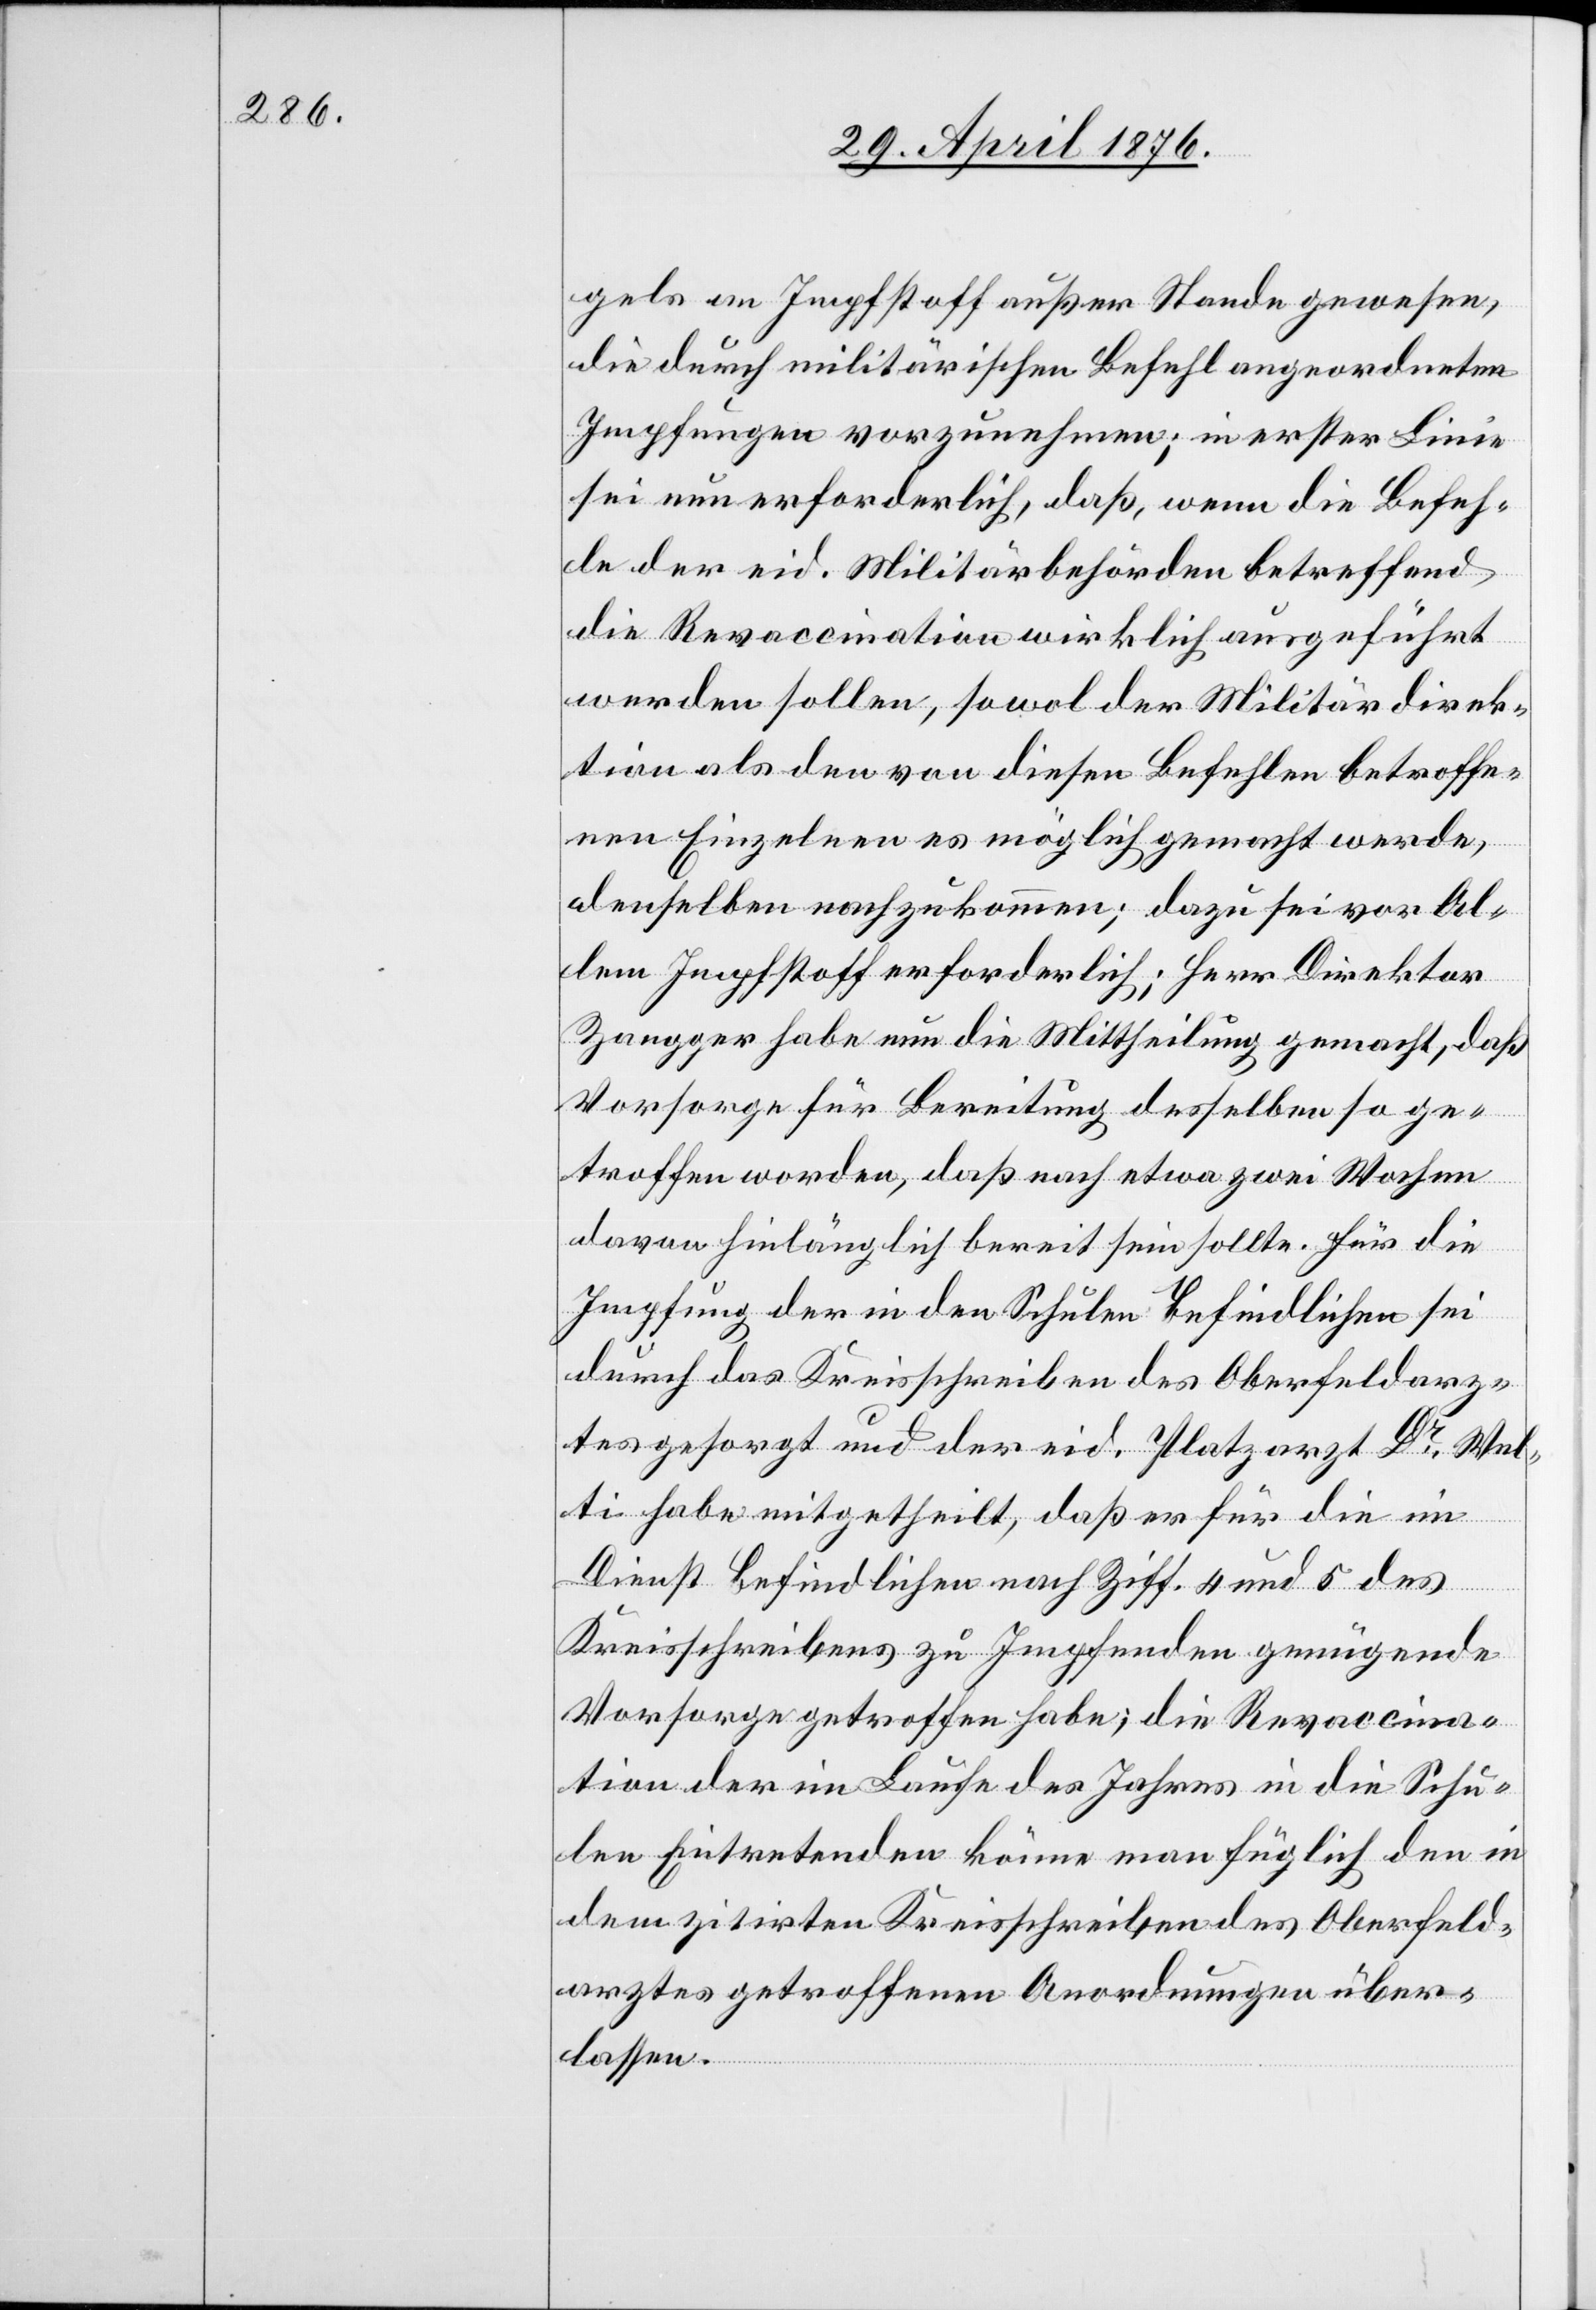
gels an Impfstoff außer Stande gewesen,
die durch militärischen Befehl angeordneten
Impfungen vorzunehmen; in erster Linie
sei nun erforderlich, daß, wenn die Befeh¬
le der eid. Militärbehörden betreffend
die Revaccination wirklich ausgeführt
werden sollen, sowol der Militärdirek¬
tion als den von diesen Befehlen betroffe¬
nen Einzelnen es möglich gemacht werde,
denselben nachzukommen; dazu sei vor Al¬
lem Impfstoff erforderlich; Herr Direktor
Zangger habe nun die Mittheilung gemacht, daß
Vorsorge für Bereitung desselben so ge¬
troffen worden, daß nach etwa zwei Wochen
davon hinlänglich bereit sein sollte. Für die
Impfung der in den Schulen Befindlichen sei
durch das Kreisschreiben des Oberfeldarz¬
tes gesorgt und der eid. Platzarzt Dr Wel¬
ti habe mitgetheilt, daß er für die im
Dienst befindlichen nach Ziff. 4 und 5 des
Kreisschreibens zu Impfenden genügende
Vorsorge getroffen habe; die Revaccina¬
tion der im Laufe des Jahres in die Schu¬
len Eintretenden könne man füglich den in
dem zitirten Kreisschreiben des Oberfeld¬
arztes getroffenen Anordnungen über¬
lassen.